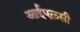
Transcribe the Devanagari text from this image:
आईएलसी